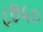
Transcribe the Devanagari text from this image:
८७५०